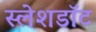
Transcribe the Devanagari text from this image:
स्लेशडॉट